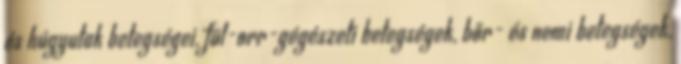
és húgyutak betegségei, fül-orr-gégészeti betegségek, bőr- és nemi betegségek,